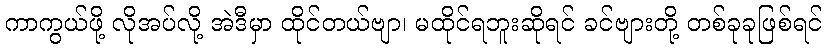
ကာကွယ်ဖို့ လိုအပ်လို့ အဲဒီမှာ ထိုင်တယ်ဗျာ၊ မထိုင်ရဘူးဆိုရင် ခင်ဗျားတို့ တစ်ခုခုဖြစ်ရင်